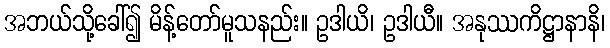
အဘယ်သို့ခေါ်၍ မိန့်တော်မူသနည်း။ ဥဒါယိ၊ ဥဒါယီ။ အနုဿကိဋ္ဌာနာနိ၊